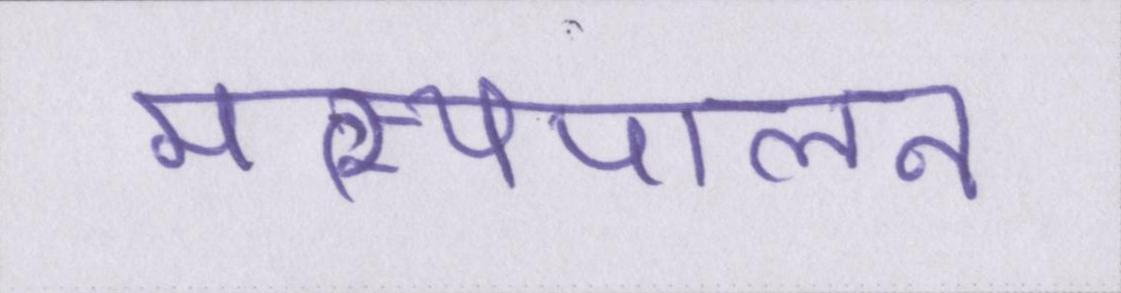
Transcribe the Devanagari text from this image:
मत्स्यपालन